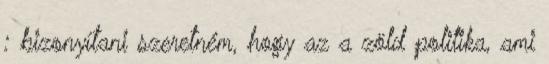
: bizonyítani szeretném, hogy az a zöld politika, ami